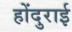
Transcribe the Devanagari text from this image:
होंदुराई